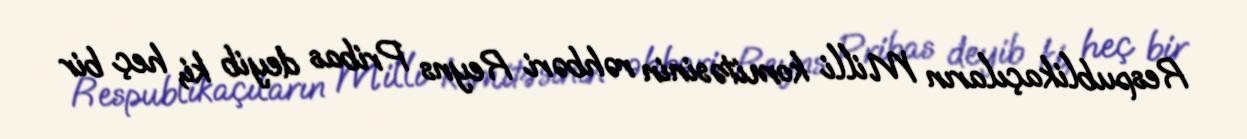
Respublikaçıların Milli komitəsinin rəhbəri Reyns Pribas deyib ki, heç bir